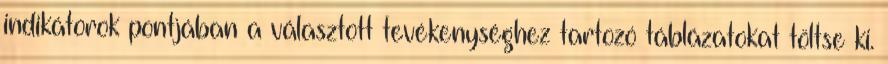
indikátorok pontjában a választott tevékenységhez tartozó táblázatokat töltse ki.